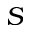
S